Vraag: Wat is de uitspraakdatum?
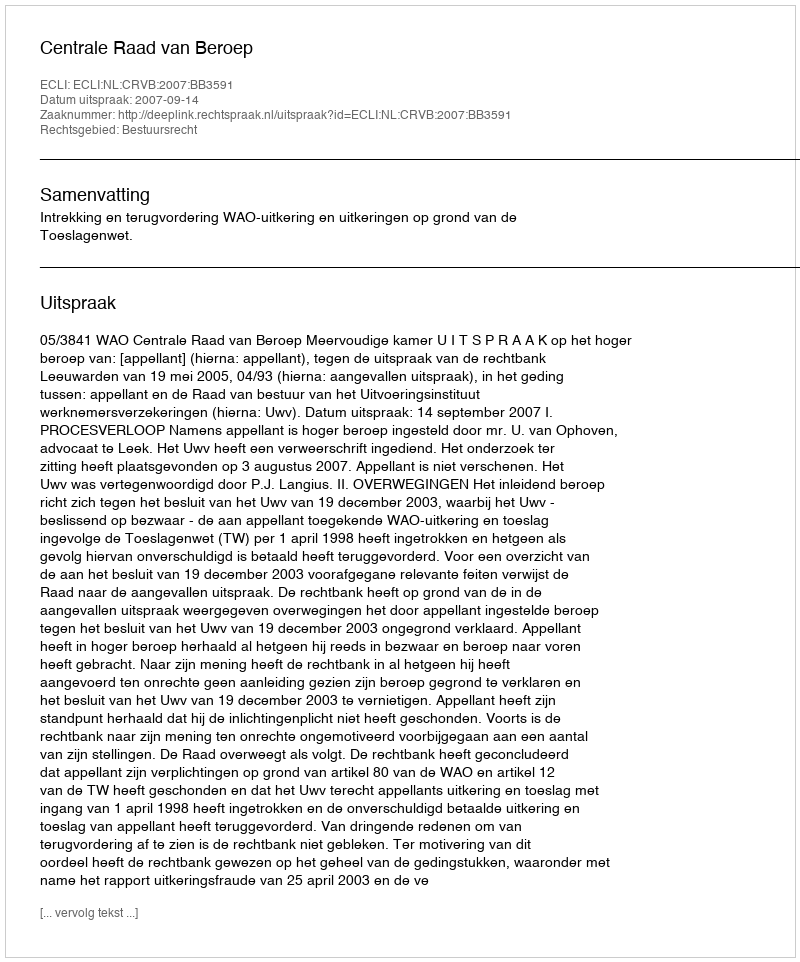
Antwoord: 2007-09-14